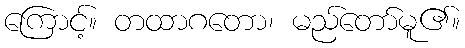
ကြောင့်။ တထာဂတော၊ မည်တော်မူ၏။